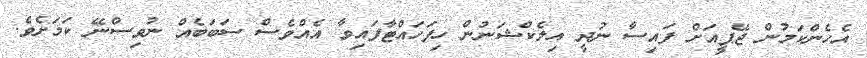
އެހެންކަމުން ޖޭޕީއަށް ފައިސާ ނުދީ އިލެކްޝަނުން ހިފަހައްޓާފައިވާ އެއްވެސް ސަބަބެއް ނުވިސްނޭ ކަމަށެވެ.